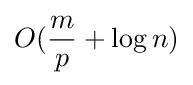
O({\frac {m}{p}}+\log n)